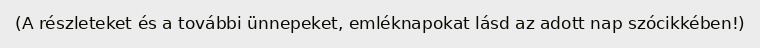
(A részleteket és a további ünnepeket, emléknapokat lásd az adott nap szócikkében!)